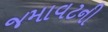
જમાવટની